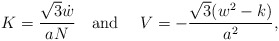
\begin{align*} K=\frac{\sqrt 3 \dot{w}}{aN}\quad \mbox{and }\quad V=-\frac{\sqrt 3 (w^2-k)}{a^2},\end{align*}